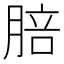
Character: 䏽